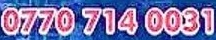
0770 714 0031